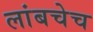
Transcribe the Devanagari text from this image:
लांबचेच